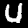
Label: 4